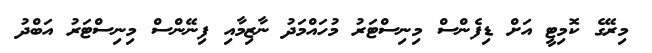
މިރޭގެ ކޮމިޓީ އަށް ޑިފެންސް މިނިސްޓަރު މުހައްމަދު ނާޒިމާއި ފިނޭންސް މިނިސްޓަރު އަބްދު